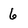
Character: 6